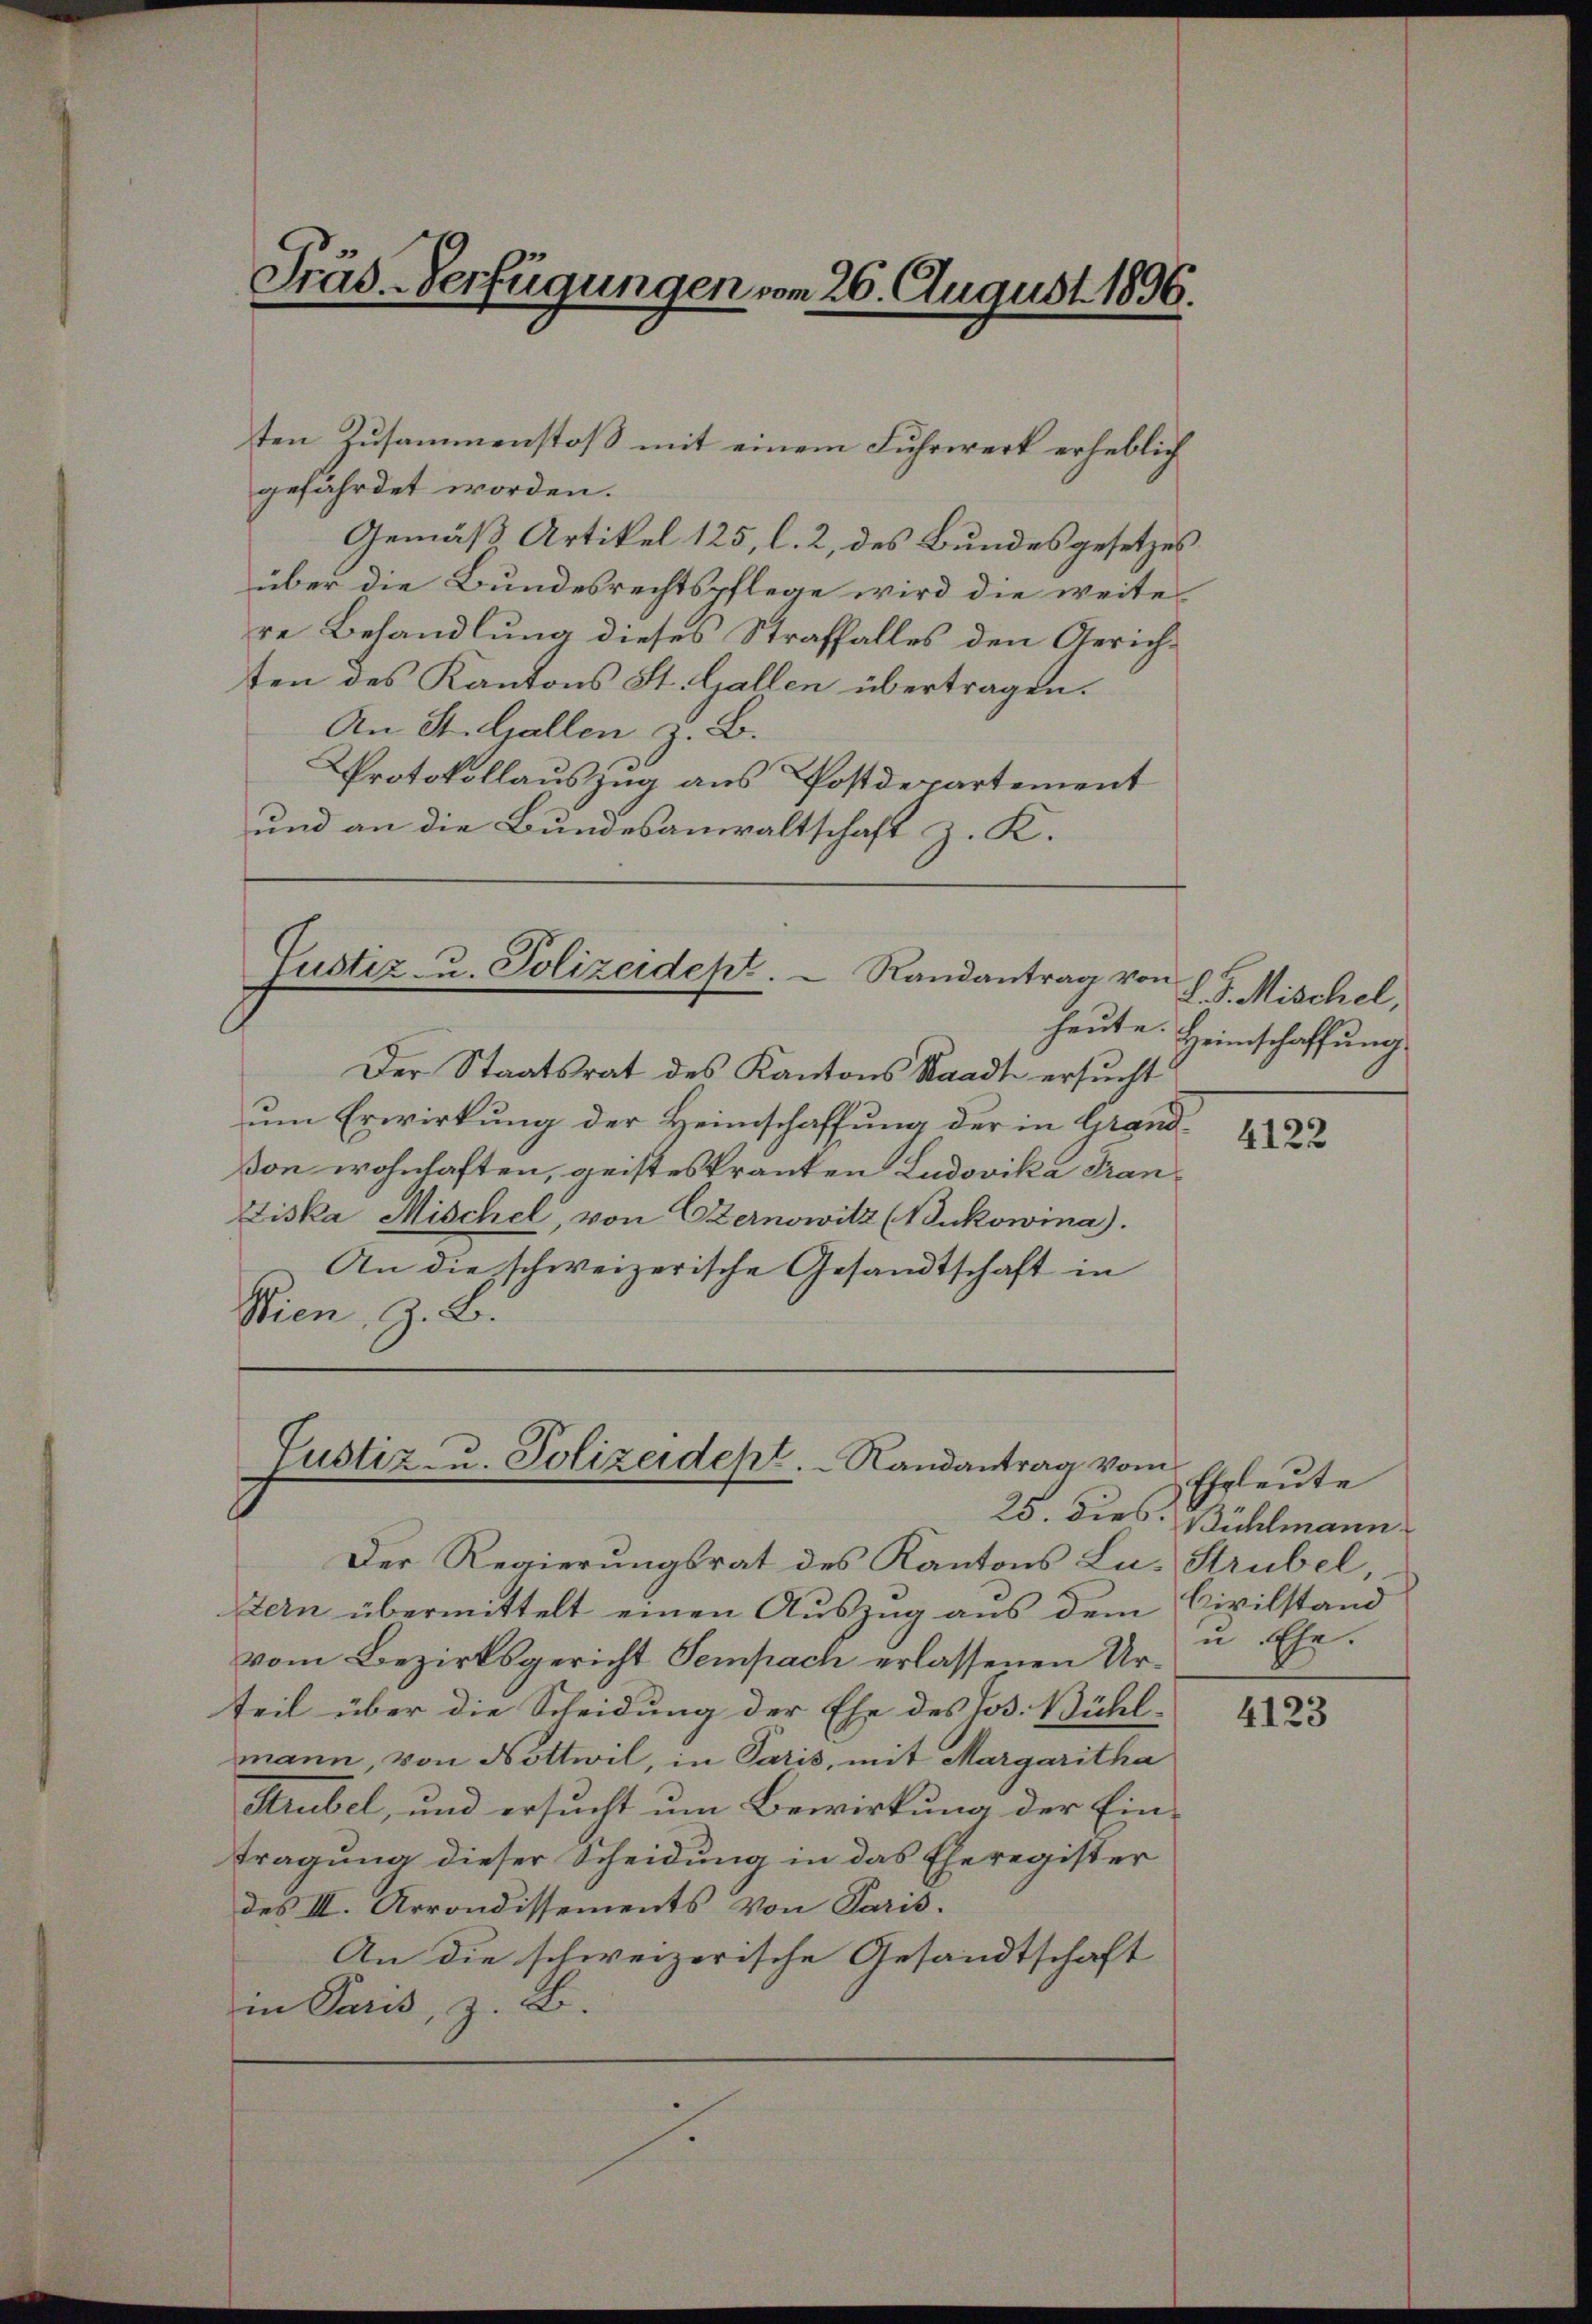
Präs-Verfügungen vom 26. August 1896.

ten Zusammenstoß mit einem Fuhrwerk erheblich
gefährdet worden.
Gemäß Artikel 125, l. 2, des Bundesgesetzes
über die Bundesrechtspflege wird die weiter
re Behandlung dieses Straffalles den Gerichten des Kantons St. Gallen übertragen.
An St. Gallen z. B.
Protokollauszug aus Postdepartement
und an die Bundesanwaltschaft z. K.

Gustiz- u. Polizeidept.  Randantrag von

Justiz- u. Polizeidept. Randantrag vom
25. dies.

Der Staatsrat des Kantons Staadt ersucht
um Erwirkung der Heimschaffung der in Grandßon wohnhaften, geisteskranten Ludovika Tran¬
Ziska Mischel, von Czernowitz (Bukowina).
An die schweizerische Gesandtschaft in
Bien, z. B.

Der Regierungsrat des Kantons Lu-Strubel
tern übermittelt einen Auszug aus dem Civilstand
vom Bezirksgericht Sempach erlassenen Urteil über die Scheidung der Ehe des Jos. Bühl-
mann, von Nottwil, in Paris, mit Margaritha
Strubel, und ersucht um Bewirkung der Ein¬
Tragung dieser Scheidung in das Eheregister
des III. Arrondissements von Paris.
An die schweizerische Gesandtschaft
in Paris, z. B.

L.S. Mischel,
heute. Heimschaffung

4122

Ehrleute
Bühlmann
u Ehe.

4123